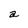
Character: a